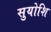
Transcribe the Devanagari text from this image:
सुयोशि